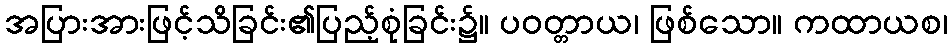
အပြားအားဖြင့်သိခြင်း၏ပြည့်စုံခြင်း၌။ ပဝတ္တာယ၊ ဖြစ်သော။ ကထာယစ၊